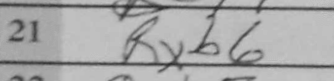
Transcription: Rxb6